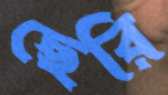
ছেরি